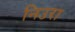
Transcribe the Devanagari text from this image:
निउरा